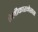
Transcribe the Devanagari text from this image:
हेलीकारनेसस